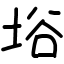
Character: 﨏